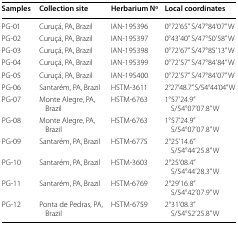
<table><thead><tr><td><b>Samples</b></td><td><b>Collection site</b></td><td><b>Herbarium No</b></td><td><b>Local coordinates</b></td></tr></thead><tbody><tr><td>PG-01</td><td>Curuçá, PA, Brazil</td><td>IAN-195396</td><td>0°72’65” S/47°84’07” W</td></tr><tr><td>PG-02</td><td>Curuçá, PA, Brazil</td><td>IAN-195397</td><td>0°43’40” S/47°50’58” W</td></tr><tr><td>PG-03</td><td>Curuçá, PA, Brazil</td><td>IAN-195398</td><td>0°72’67” S/47°85’13” W</td></tr><tr><td>PG-04</td><td>Curuçá, PA, Brazil</td><td>IAN-195399</td><td>0°72’57” S/47°84’84” W</td></tr><tr><td>PG-05</td><td>Curuçá, PA, Brazil</td><td>IAN-195400</td><td>0°72’57” S/47°84’07” W</td></tr><tr><td>PG-06</td><td>Santarém, PA, Brazil</td><td>HSTM-3611</td><td>2°27’48.7” S/54°44’04” W</td></tr><tr><td>PG-07</td><td>Monte Alegre, PA, Brazil</td><td>HSTM-6763</td><td>1°57’24.9” S/54°07’07.8” W</td></tr><tr><td>PG-08</td><td>Monte Alegre, PA, Brazil</td><td>HSTM-6763</td><td>1°57’24.9” S/54°07’07.8” W</td></tr><tr><td>PG-09</td><td>Santarém, PA, Brazil</td><td>HSTM-6775</td><td>2°25’14.6” S/54°44’25.8” W</td></tr><tr><td>PG-10</td><td>Santarém, PA, Brazil</td><td>HSTM-3603</td><td>2°25’08.4” S/54°44’28.3” W</td></tr><tr><td>PG-11</td><td>Santarém, PA, Brazil</td><td>HSTM-6769</td><td>2°29’16.8” S/54°42’07.9” W</td></tr><tr><td>PG-12</td><td>Ponta de Pedras, PA, Brazil</td><td>HSTM-6759</td><td>2°31’08.3” S/54°52’25.8” W</td></tr></tbody></table>